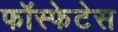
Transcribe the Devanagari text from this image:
फॉस्फेटेस